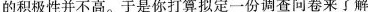
的积极性并不高。于是你打算拟定一份调查问卷来了解